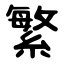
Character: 繁